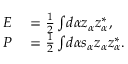
\begin{array} { r l } { E } & { { } = \frac { 1 } { 2 } \int \! d \alpha z _ { \alpha } z _ { \alpha } ^ { * } , } \\ { P } & { { } = \frac { 1 } { 2 } \int \! d \alpha s _ { \alpha } z _ { \alpha } z _ { \alpha } ^ { * } . } \end{array}